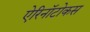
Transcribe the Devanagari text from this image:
ऐरिनॉटोकस